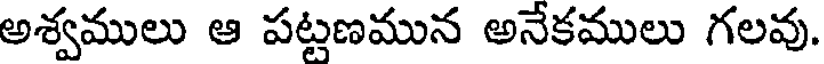
అశ్వములు ఆ పట్టణమున అనేకములు గలవు.